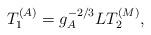
LaTeX: \begin{align*}T_1^{(A)} = g_A^{-2/3} L T_2^{(M)}, \end{align*}